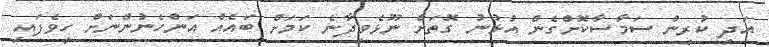
އަދި ކުރިން ސަމާސާކޮށްގެން އުޅުނު ގޮތަށް ނޫޅެވިދާނެ ކަމަށް ބައެއް އަންހެނުންނަށް ހީވެފައި